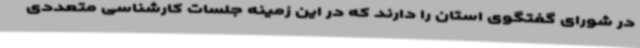
در شورای گفتگوی استان را دارند که در این زمینه جلسات کارشناسی متعددی